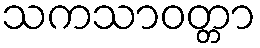
သကသာဝတ္တာ